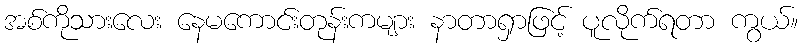
အစ်ကိုသားလေး နေမကောင်းတုန်းကများ နာတာရှာဖြင့် ပူလိုက်ရတာ ကွယ်။